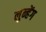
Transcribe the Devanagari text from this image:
लुन्हेंग